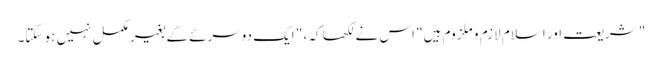
" شریعت اور اسلام لازم و ملزوم ہیں" اس نے لکھا کہ ، " ایک دوسرئے کے بغیر مکمل نہیں ہو سکتا۔